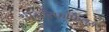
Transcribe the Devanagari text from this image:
अमॉरफोफैलस